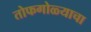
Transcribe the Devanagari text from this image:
तोफगोळ्याचा